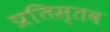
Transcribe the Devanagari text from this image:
प्रतिस्तव